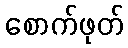
စောက်ဖုတ်